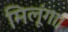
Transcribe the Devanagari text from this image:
मिलूंगा।